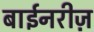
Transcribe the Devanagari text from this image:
बाईनरीज़